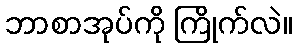
ဘာစာအုပ်ကို ကြိုက်လဲ။